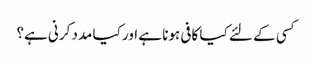
کسی کے لئے کیا کافی ہونا ہے اور کیا مدد کرنی ہے؟